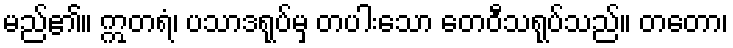
မည်၏။ ဣတရံ၊ ပသာဒရုပ်မှ တပါးသော တေဝီသရုပ်သည်။ တတော၊